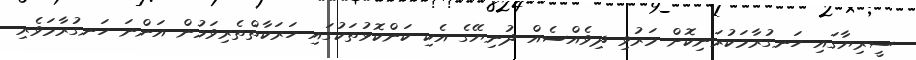
ސީރިޔާގައި ހަނގުރާމަކުރަނިކޮށް މަރުވި ދިވެއްސެއް ދުނިޔޭގެ އެކި ކަންކޮޅުތަކުގައި ހަރަކާތްތެރިވަމުން އަންނަ ހަނގުރާމަވެރި